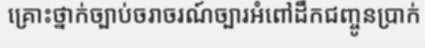
គ្រោះថ្នាក់ច្បាប់ចរាចរណ៍ច្បារអំពៅដឹកជញ្ចូនប្រាក់